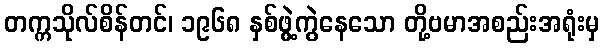
တက္ကသိုလ်စိန်တင်၊ ၁၉၆၈ နှစ်ဖွဲ့ကွဲနေသော တို့ဗမာအစည်းအရုံးမှ